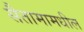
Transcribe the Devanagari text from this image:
सैतामामधील